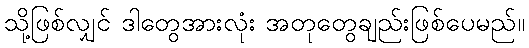
သို့ဖြစ်လျှင် ဒါတွေအားလုံး အတုတွေချည်းဖြစ်ပေမည်။